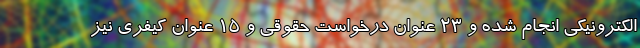
الکترونیکی انجام شده و ۲۳ عنوان درخواست حقوقی و ۱۵ عنوان کیفری نیز